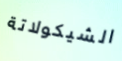
الشيكولاتة